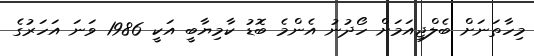
މިހާތަނަށް ބެލްޖިއަމަށް ހޯދުނު އެންމެ ބޮޑު ކާމިޔާބީ އަކީ 1986 ވަނަ އަހަރުގެ